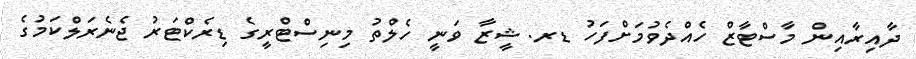
ދާއިރާއިން މާސްޓާޒް ހެއްދެވުމަށްފަހު ޑރ. ޝީޒާ ވަނީ ހެލްތު މިނިސްޓްރީގެ ޑިރެކްޓަރު ޖެނެރަލްކަމުގެ